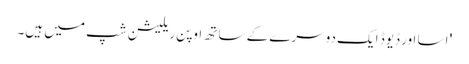
' اسا اور ڈیوڈ ایک دوسرے کے ساتھ اوپن ریلیشن شپ میں ہیں۔